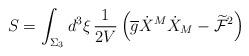
LaTeX: \begin{align*}S = \int_{\Sigma_{3}} d^{3}\xi\,\frac{1}{2V} \left(\overline{g}\dot{X}^{M}\dot{X}_{M} -\widetilde{\mathcal{F}}^{2}\right)\end{align*}